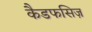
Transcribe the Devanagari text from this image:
कैडफसिज़